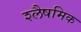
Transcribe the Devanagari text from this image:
श्लैषमिक